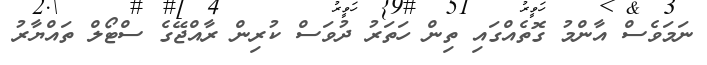
ނަމަވެސް އާންމު ގޮތެއްގައި ތިން ހަތަރު ދުވަސް ކުރިން ރާއްޖޭގެ ސްޓޯލް ތައްޔާރު